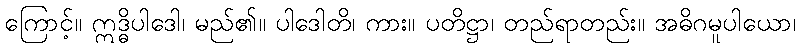
ကြောင့်။ ဣဒ္ဓိပါဒေါ၊ မည်၏။ ပါဒေါတိ၊ ကား။ ပတိဋ္ဌာ၊ တည်ရာတည်း။ အဓိဂမူပါယော၊